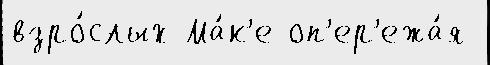
взро́слых Ма́к'е оп'ер'ежа́я